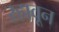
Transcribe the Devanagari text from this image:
रहावून